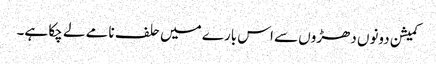
کمیشن دونوں دھڑوں سے اس بارے میں حلف نامے لے چکا ہے۔